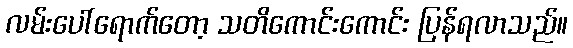
လမ်းပေါ်ရောက်တော့ သတိကောင်းကောင်း ပြန်ရလာသည်။